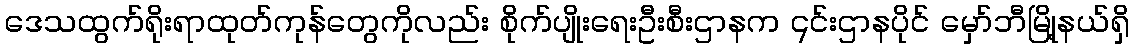
ဒေသထွက်ရိုးရာထုတ်ကုန်တွေကိုလည်း စိုက်ပျိုးရေးဦးစီးဌာနက ၎င်းဌာနပိုင် မှော်ဘီမြို့နယ်ရှိ